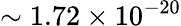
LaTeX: \sim 1.72\times 10^{-20}